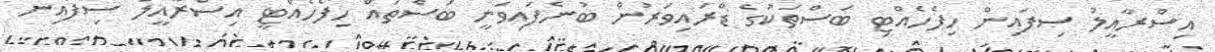
އިސްރާއީލު ސިފައިން ހިފެހެއްޓި ބަސްތަކުގެ ޑްރައިވަރުން ބުނެފައިވަނީ ބަސްތައް ހިފެހެއްޓީ އިސްރާއީލު ސިފައިން